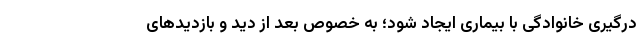
درگیری خانوادگی با بیماری ایجاد شود؛ به خصوص بعد از دید و بازدید‌های